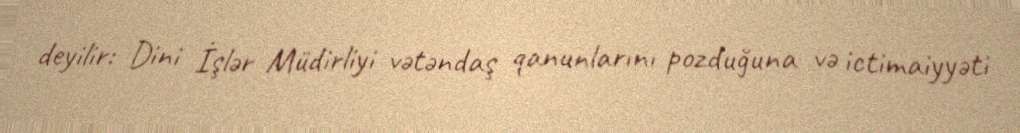
deyilir: Dini İşlər Müdirliyi vətəndaş qanunlarını pozduğuna və ictimaiyyəti